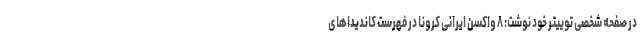
در صفحه شخصی توییتر خود نوشت: ۸ واکسن ایرانی کرونا در فهرست کاندیداهای